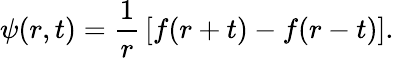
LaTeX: \psi(r,t)={\frac{1}{r}}\left[f(r+t)-f(r-t)\right].